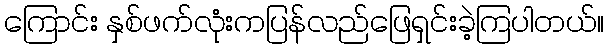
ကြောင်း နှစ်ဖက်လုံးကပြန်လည်ဖြေရှင်းခဲ့ကြပါတယ်။